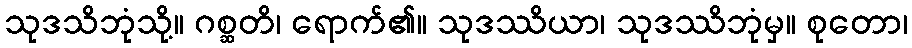
သုဒသိဘုံသို့။ ဂစ္ဆတိ၊ ရောက်၏။ သုဒဿိယာ၊ သုဒဿိဘုံမှ။ စုတော၊